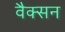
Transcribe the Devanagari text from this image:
वैक्सन